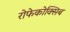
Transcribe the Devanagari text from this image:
रोफेकोक्सिब